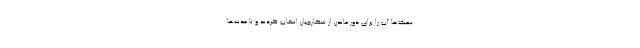
نهنگ‌ها آب را برای دور ماندن از شکارچیان انتخاب کردند و تا مدت‌ها